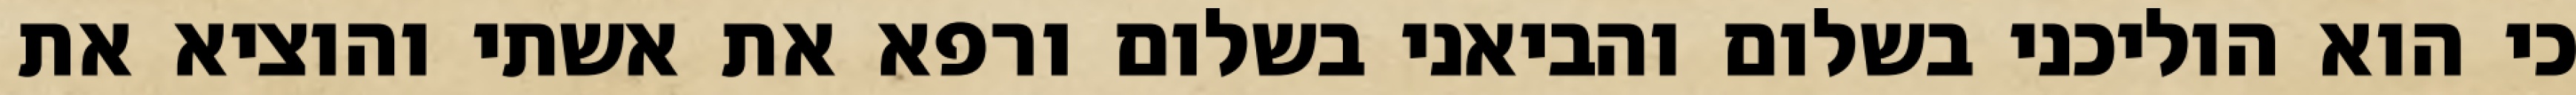
כי הוא הוליכני בשלום והביאני בשלום ורפא את אשתי והוציא את